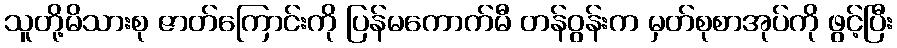
သူတို့မိသားစု ဇာတ်ကြောင်းကို ပြန်မကောက်မီ တန်ဝွန်းက မှတ်စုစာအုပ်ကို ဖွင့်ပြီး